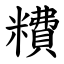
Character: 䊧